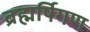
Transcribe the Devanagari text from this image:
ब्रह्मर्षिगण